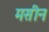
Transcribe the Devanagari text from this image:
मसीन